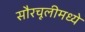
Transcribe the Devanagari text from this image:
सौरचूलीमध्ये